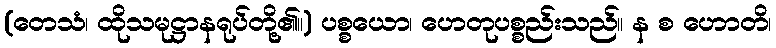
(တေသံ၊ ထိုသမုဋ္ဌာနရုပ်တို့၏။) ပစ္စယော၊ ဟေတုပစ္စည်းသည်။ န စ ဟောတိ၊